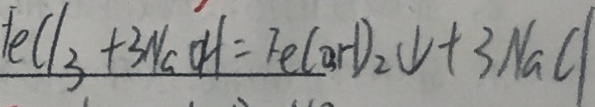
F e C l _ { 3 } + 3 N a O H = F e ( O H ) _ { 2 } \downarrow + 3 N a C l